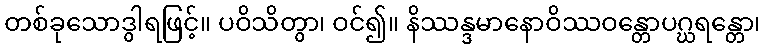
တစ်ခုသောဒွါရဖြင့်။ ပဝိသိတွာ၊ ဝင်၍။ နိဿန္ဒမာနောဝိဿဝန္တောပဂ္ဃရန္တော၊